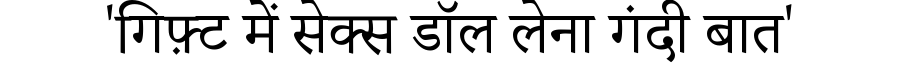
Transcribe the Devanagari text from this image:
'गिफ़्ट में सेक्स डॉल लेना गंदी बात'